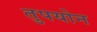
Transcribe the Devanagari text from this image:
तुपयोन